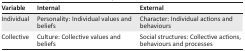
<table><thead><tr><td><b>Variable</b></td><td><b>Internal</b></td><td><b>External</b></td></tr></thead><tbody><tr><td>Individual</td><td>Personality: Individual values and beliefs</td><td>Character: Individual actions and behaviours</td></tr><tr><td>Collective</td><td>Culture: Collective values and beliefs</td><td>Social structures: Collective actions, behaviours and processes</td></tr></tbody></table>